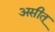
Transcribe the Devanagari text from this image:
असीत्